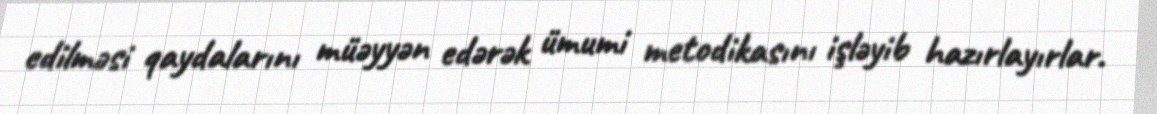
edilməsi qaydalarını müəyyən edərək ümumi metodikasını işləyib hazırlayırlar.